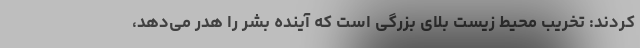
کردند: تخریب محیط زیست بلای بزرگی است که آینده بشر را هدر می‌دهد،